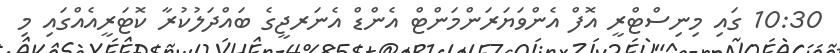
10:30 ގައި މިނިސްޓްރީ އޮފް އެންވަޔަރަންމަންޓް އެންޑް އެނަރޖީގެ ބައްދަލުކުރާ ކޮޓަރީއެއްގައި މި